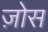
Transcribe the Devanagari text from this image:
ज़ोस